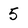
Character: 5